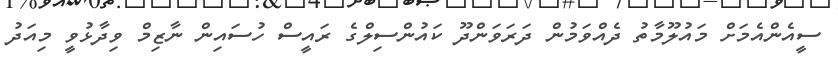
ސީއެންއެމަށް މައުލޫމާތު ދެއްވަމުން ދަރަވަންދޫ ކައުންސިލްގެ ރައީސް ހުސައިން ނާޒިމް ވިދާޅުވީ މިއަދު